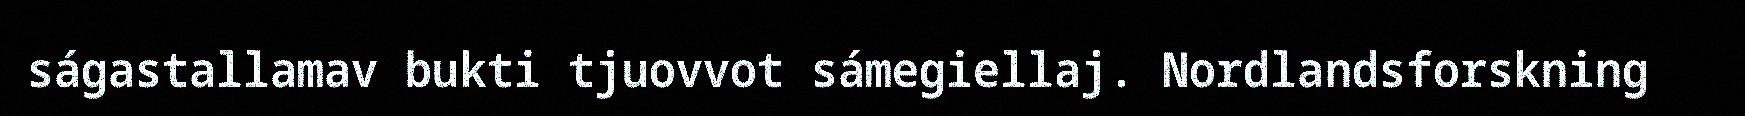
ságastallamav bukti tjuovvot sámegiellaj. Nordlandsforskning